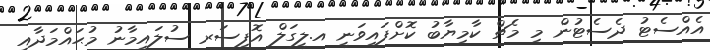
އެއްސެޓު ދެސެޓުން މި މެޗް ކާމިޔާބު ކޮށްފައިވަނީ އ.ލީގަލް އޮފިސަރ ސުލައިމާނު މުޙައްމަދާއި